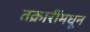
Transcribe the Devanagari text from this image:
तक्रारींमधून